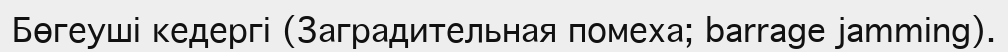
Бөгеуші кедергі (Заградительная помеха; barrage jamming).